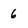
Character: 6